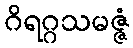
ဂိရဂ္ဂသမဇ္ဇံ